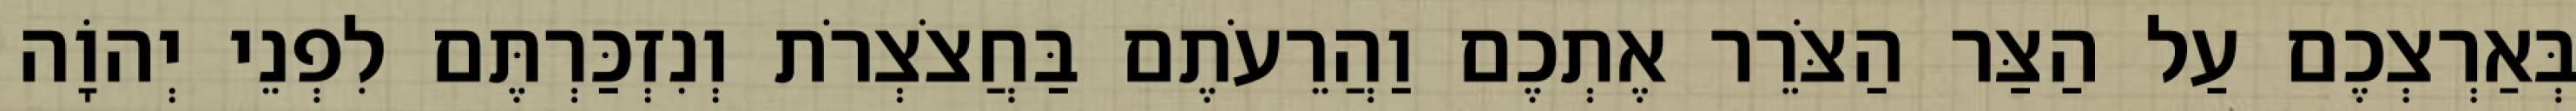
בְּאַרְצְכֶם עַל הַצַּר הַצֹּרֵר אֶתְכֶם וַהֲרֵעֹתֶם בַּחֲצֹצְרֹת וְנִזְכַּרְתֶּם לִפְנֵי יְהוָֹה